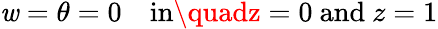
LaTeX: \mathit{w}=\theta=0\quad\textrm{{in}}\quadz=0\ \textrm{{and}}\ z=1